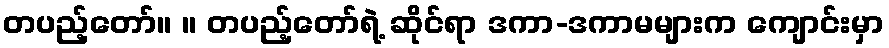
တပည့်တော်။ ။ တပည့်တော်ရဲ့ ဆိုင်ရာ ဒကာ-ဒကာမများက ကျောင်းမှာ